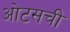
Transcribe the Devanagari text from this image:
ओटसची